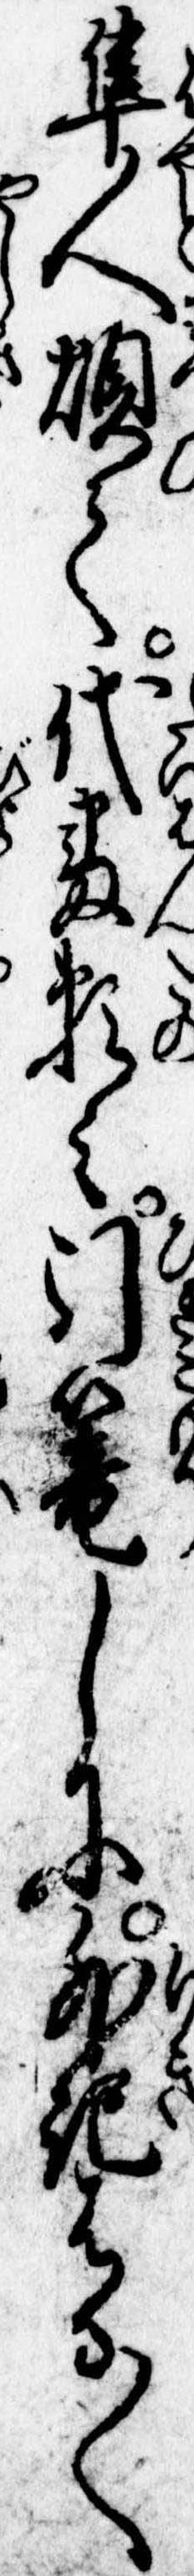
隼人煩て代番頼み引篭しに外記はる〱